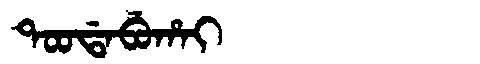
Manchu: ᡨᠣᠣᡩᠠᠪᡠᡥᠠᡳ
Romanization: TOODABUHAI